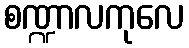
စဏ္ဍာလကုလေ